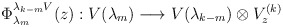
\begin{align*}\Phi_{\lambda_m}^{\lambda_{k-m}V}(z):V(\lambda_m)\longrightarrow V(\lambda_{k-m})\otimes V^{(k)}_z\end{align*}